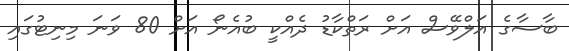
ބާސާގެ އަލްވޭސް އަށް ރަތްކާޑު ދެއްކީ ބުއެނޯ އަށް 80 ވަނަ މިނިޓުގައި